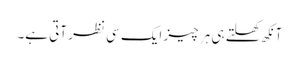
آنکھ کھلتے ہی ہر چیز ایک سی نظر آتی ہے۔